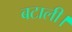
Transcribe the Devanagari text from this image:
बटाली।